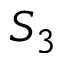
S _ { 3 }